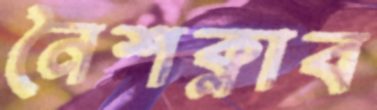
নৈশক্লাব